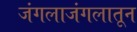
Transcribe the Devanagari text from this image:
जंगलाजंगलातून